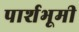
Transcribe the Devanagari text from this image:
पार्शभूमी